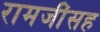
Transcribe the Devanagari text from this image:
रामजींसह